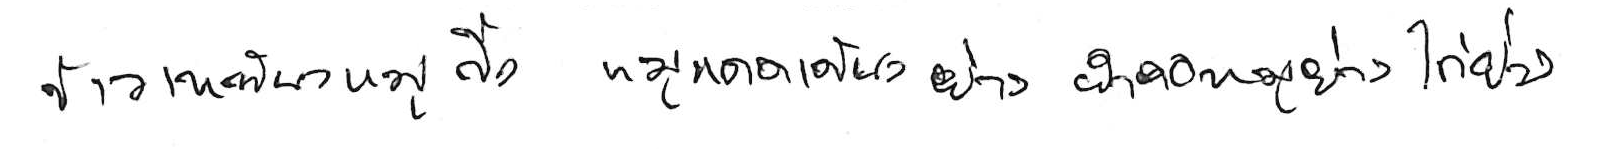
ข้าวเหนียวหมูปิ้ง หมูแดดเดียวย่าง ยำคอหมูย่าง ไก่ย่าง